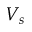
V _ { s }